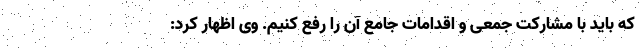
که باید با مشارکت جمعی و اقدامات جامع آن را رفع کنیم. وی اظهار کرد: